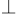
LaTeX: _{\perp}